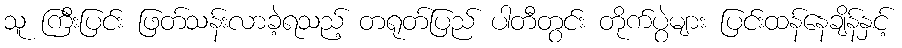
သူ ကြီးပြင်း ဖြတ်သန်းလာခဲ့ရသည့် တရုတ်ပြည် ပါတီတွင်း တိုက်ပွဲများ ပြင်းထန်နေချိန်နှင့်